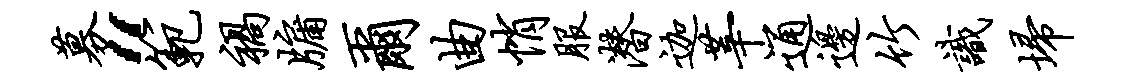
募“范祸牖尔曲悄服潜迦莘通边竹识埽